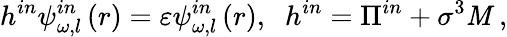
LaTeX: h^{in}\psi_{\omega,l}^{in}\left(r\right)=\varepsilon\psi_{\omega,l}^{in}\left(r\right),\; \; h^{in}=\Pi^{in}+\sigma^{3}\mathit{M}\; ,